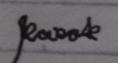
Signature authenticity: genuine